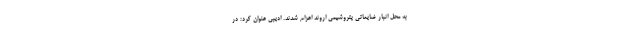
به محل انبار ضایعاتی پتروشیمی اروند اعزام شدند. ادیبی عنوان کرد: در